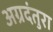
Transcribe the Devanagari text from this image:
अग्रदंतुरा